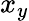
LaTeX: x_{y}